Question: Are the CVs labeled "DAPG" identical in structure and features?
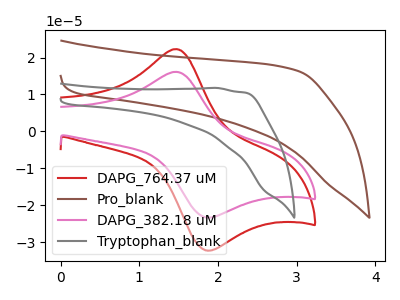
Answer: <think>The red curve "DAPG_764.37 uM" has an anodic peak at (1.45V, 22.30uA) and a cathodic peak at (1.85V, -32.25uA). The brown curve "Pro_blank" has no peaks. The pink curve "DAPG_382.18 uM" has an anodic peak at (1.45V, 16.10uA) and a cathodic peak at (1.85V, -23.30uA). The gray curve "Tryptophan_blank" has no peaks.
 "DAPG_764.37 uM" and "Pro_blank" have a different number of peaks. All the peaks in "DAPG_764.37 uM" have a peak in "DAPG_382.18 uM" at the same potential. Every peak in "DAPG_764.37 uM" is higher than every peak in "DAPG_382.18 uM". "DAPG_764.37 uM" and "Tryptophan_blank" have a different number of peaks. "Pro_blank" and "DAPG_382.18 uM" have a different number of peaks. Neither "Pro_blank" or "Tryptophan_blank" have any peaks. "DAPG_382.18 uM" and "Tryptophan_blank" have a different number of peaks.</think>
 <answer>All the CV's of "DAPG" have similar shape.</answer>
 <eval>follow_rule</eval>